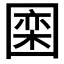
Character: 𪢮